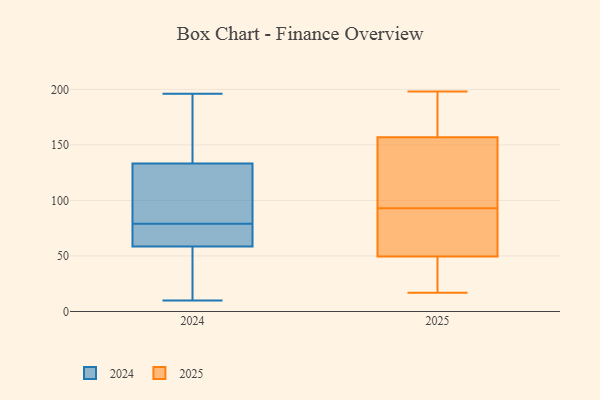
{"axis": {"x": "Operating Costs (USD K)", "y": "Value"}, "legend": ["2024", "2025"], "data": [{"x": "", "y": 65, "type": "2025"}, {"x": "", "y": 31, "type": "2025"}, {"x": "", "y": 33, "type": "2025"}, {"x": "", "y": 61, "type": "2025"}, {"x": "", "y": 97, "type": "2025"}, {"x": "", "y": 89, "type": "2025"}, {"x": "", "y": 17, "type": "2025"}, {"x": "", "y": 198, "type": "2025"}, {"x": "", "y": 189, "type": "2025"}, {"x": "", "y": 45, "type": "2025"}, {"x": "", "y": 127, "type": "2025"}, {"x": "", "y": 130, "type": "2025"}, {"x": "", "y": 130, "type": "2025"}, {"x": "", "y": 88, "type": "2025"}, {"x": "", "y": 184, "type": "2025"}, {"x": "", "y": 54, "type": "2025"}, {"x": "", "y": 25, "type": "2025"}, {"x": "", "y": 133, "type": "2025"}, {"x": "", "y": 189, "type": "2025"}, {"x": "", "y": 181, "type": "2025"}, {"x": "", "y": 17, "type": "2024"}, {"x": "", "y": 196, "type": "2024"}, {"x": "", "y": 74, "type": "2024"}, {"x": "", "y": 137, "type": "2024"}, {"x": "", "y": 10, "type": "2024"}, {"x": "", "y": 11, "type": "2024"}, {"x": "", "y": 56, "type": "2024"}, {"x": "", "y": 66, "type": "2024"}, {"x": "", "y": 163, "type": "2024"}, {"x": "", "y": 79, "type": "2024"}, {"x": "", "y": 89, "type": "2024"}, {"x": "", "y": 75, "type": "2024"}, {"x": "", "y": 188, "type": "2024"}, {"x": "", "y": 80, "type": "2024"}, {"x": "", "y": 122, "type": "2024"}]}